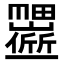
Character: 𬻱